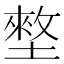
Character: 𡑃